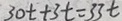
3 0 t + 3 t = 3 3 t